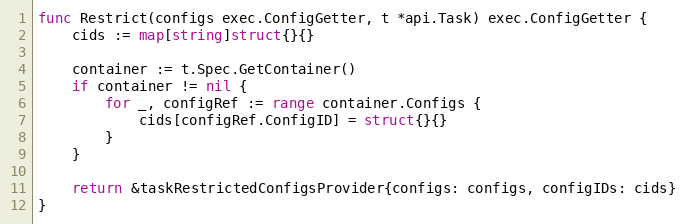
Language: Go
func Restrict(configs exec.ConfigGetter, t *api.Task) exec.ConfigGetter {
	cids := map[string]struct{}{}

	container := t.Spec.GetContainer()
	if container != nil {
		for _, configRef := range container.Configs {
			cids[configRef.ConfigID] = struct{}{}
		}
	}

	return &taskRestrictedConfigsProvider{configs: configs, configIDs: cids}
}